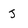
Character: J